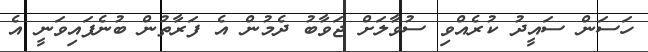
ހަސަން ސައީދު ކުރެއްވި ސުވާލަށް ޖަވާބު ދެމުން އެ ފަރާތުން ބުނެފައިވަނީ އެ